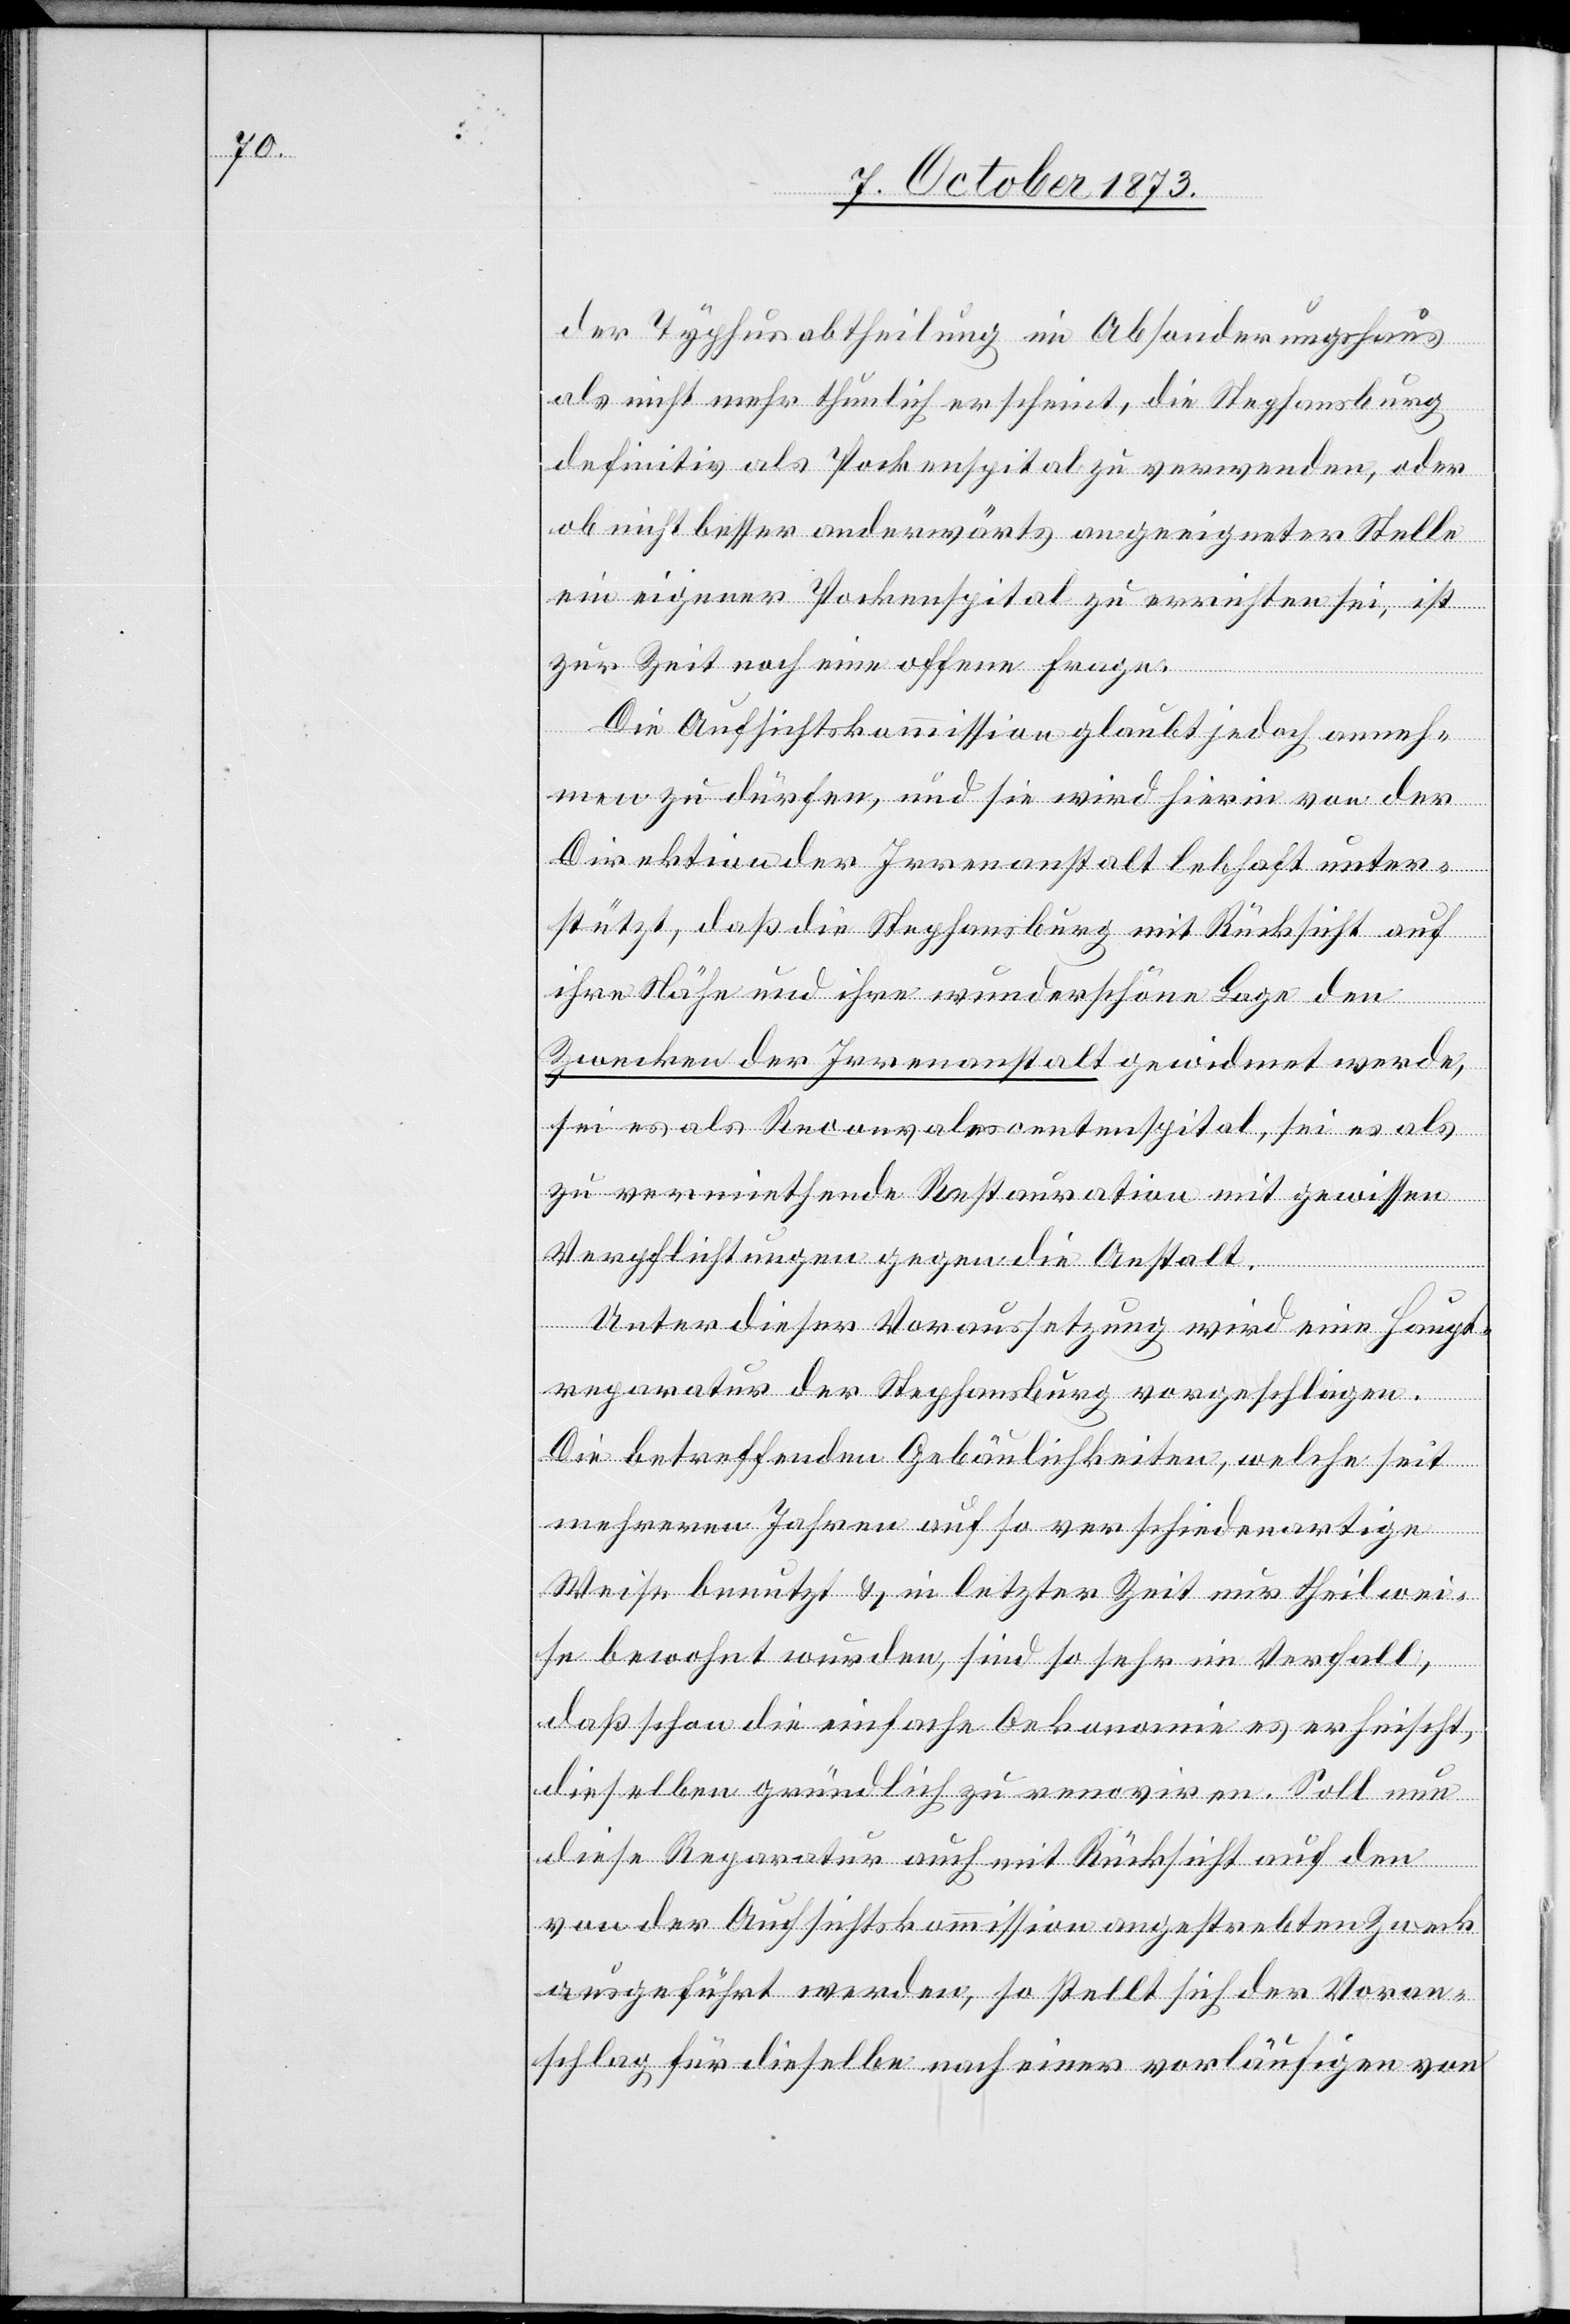
der Typhusabtheilung im Absonderungshaus
als nicht mehr thunlich erscheint, die Stephansburg
definitiv als Pockenspital zu verwenden, oder
ob nicht besser anderwärts an geeigneter Stelle
ein eigener Pockenspital zu errichten sei, ist
zur Zeit noch eine offene Frage.
Die Aufsichtskommission glaubt jedoch anneh¬
men zu dürfen, und sie wird hierin von der
Direktion der Irrenanstalt lebhaft unter¬
stützt, daß die Stephansburg mit Rücksicht auf
ihre Nähe und ihre wunderschöne Lage den
Zwecken der Irrenanstalt gewidmet werde,
sei es als Reconvalescentenspital, sei es als
zu vermiethende Restauration mit gewissen
Verpflichtungen gegen die Anstalt.
Unter dieser Voraussetzung wird eine Haupt¬
reparatur der Stephansburg vorgeschlagen.
Die betreffenden Gebäulichkeiten, welche seit
mehreren Jahren auf so verschiedenartige
Weise benutzt & in letzter Zeit nur theilwei¬
se bewohnt wurden, sind so sehr im Verfall,
daß schon die einfache Oekonomie es erheischt,
dieselben gründlich zu renoviren. Soll nun
diese Reparatur auch mit Rücksicht auf den
von der Aufsichtskommission angestrebten Zweck
ausgeführt werden, so stellt sich der Voran¬
schlag für dieselbe nach einer vorläufigen von